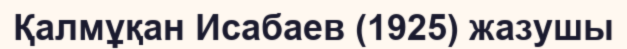
Қалмұқан Исабаев (1925) жазушы